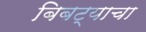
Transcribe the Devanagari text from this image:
बिबट्याचा